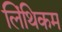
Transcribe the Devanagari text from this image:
लिंथिकम